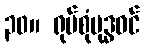
၃၀။ ရုပ်စုံဗုဒ္ဓဝင်